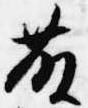
藤